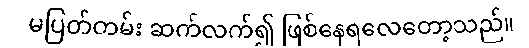
မပြတ်တမ်း ဆက်လက်၍ ဖြစ်နေရလေတော့သည်။